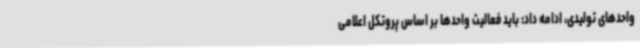
واحدهای تولیدی، ادامه داد: باید فعالیت واحدها بر اساس پروتکل اعلامی